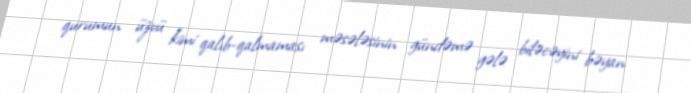
qurumun üzvü kimi qalıb-qalmaması məsələsinin gündəmə gələ biləcəyini bəyan